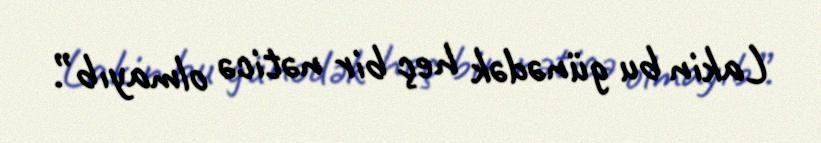
Lakin bu günədək heç bir nəticə olmayıb”.